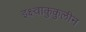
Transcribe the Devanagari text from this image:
इक्ष्वाकुकुलीन